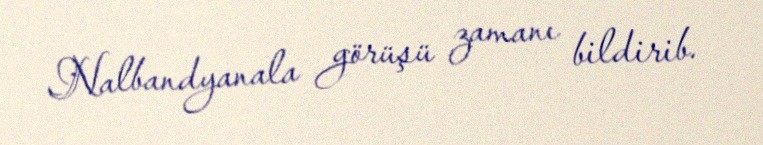
Nalbandyanala görüşü zamanı bildirib.